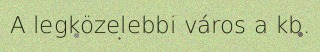
A legközelebbi város a kb.